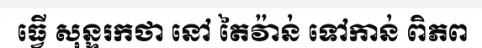
ធ្វើ សុន្ទរកថា នៅ តៃវ៉ាន់ ទៅកាន់ ពិភព